Studies on the mouth parts a Comparative anatomy of the proboscis in the blood-sucking muscidae - Number 60
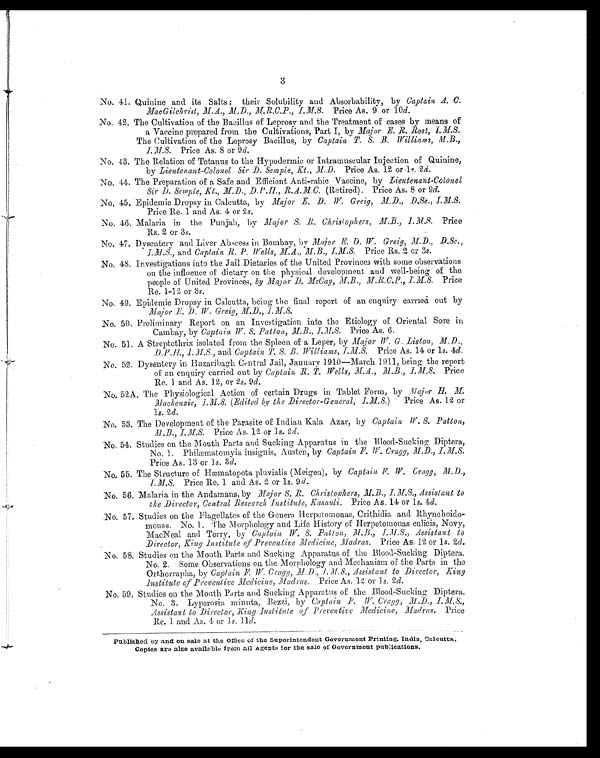
3
No. 41. Quinine and its Salts: their Solubility and Absorbability, by Captain A. C.
MacGilchrist, M.A., M.D., M.R.C.P., I.M.S. Price As. 9 or 10d.
No. 42. The Cultivation of the Bacillus of Leprosy and the Treatment of cases by means of
a Vaccine prepared from the Cultivations, Part I, by Major E. R. Rost, I.M.S.
The Cultivation of the Leprosy Bacillus, by Captain, T. S. B. Williams, M.B.,
I.M.S. Price As. 8 or 9d.
No. 43. The Relation of Tetanus to the Hypodermic or Intramuscular Injection of Quinine,
by Lieutenant-Colonel Sir D. Semple, Kt., M.D. Price As. 12 or 1s 2 d.
No. 44. The Preparation of a Safe and Efficient Anti-rabic Vaccine, by Lieutenant-Colonel
Sir D. Semple, Kt., M.D., D.P.H R.A.M.C. (Retired). Price As. 8 or 9d.
No. 45. Epidemic Dropsy in Calcutta, by Major E. D. W. Greig, M.D.,
D. Sc. , I. M. S.
Price Re. 1 and As. 4 or 2 s.
No. 46. Malaria in the Punjab, by Major S. R. Christophers, M.B., I.M.S. Price
Rs., 2 or 3s.
No. 47. Dysentery and Liver Abscess in Bombay, by Major E. D. W. Greig, M.D., D.Sc.,
I.M.S., and Captain R. P. Wells, M.A., M.B., I.M.S. Price Rs. 2 or 3s.
No. 48. Investigations into the Jail Dietaries of the United Provinces with some observations
on the influence of dietary on the physical development and. well-being of the
people of United Provinces, by Major D. McCay, M.B., M.R.C.P., I.M.S. P r i c e
Re. 1-12 or 3 s.
No. 49. Epidemic Dropsy in Calcutta, being the final report of an enquiry carried out by
Major E. D. W. Greig, M.D., I.M.S.
No. 50. Preliminary Report on an Investigation into the Etiology of Oriental Sore in
Cambay, by Captain W. S. Patton, M.B., I.M.S. Price As. 6.
No. 51. A Streptothrix isolated from the Spleen of a Leper, by Major W. G. Liston, M.D.,
D.P.H., I.M.S., and Captain T. S. B. Williams, I.M.S. Price As. 14 or 1s. 4d.
No. 52. Dysentery in Hazaribagh Central Jail, January 1910—March 1911, being the report
of an enquiry carried out by Captain R.T . Wells, M.A., M.B., I.M.S. Price
Re. 1 and As. 12, or 2s. 9d.
No. 52A. The Physiological Action of certain Drugs in Tablet Form, by M ajor H.M.
Mackenzie, I.M.S. (Edited by the Director-General, I.M.S.) Price As. 12 or
1 s. 2d.
No. 53. The Development of the Parasite of Indian Kala Azar, by Captain W. S. Patton,
M.B., I.M.S. Price As. 12 or 1s. 2 d.
No. 54. Studies on the Mouth Parts and Sucking Apparatus in the Blood-Sucking Diptera,
No. 1. Philæmatomyia insignis, Austen, by Captain F. W. Cragg, M.D., I.M.S.,
Price As. 13 or 1s. 3d.
No. 55. The Structure of Hæmatopota pluvialis (Meigen.), by Captain F. W. Cragg, M.D.,
I.M.S. Price Re. 1 and As. 2 or 1s. 9d.
No. 56. Malaria in the Andamans, by Major S. B. Christophers, M.B., I.M.S., Assistant to
the Director, Central Research institute, Kasauli. Price As, 14 or 1s. 4d.
No. 57. Studies on the Flagellates of the Genera Herpetomonas, Crithidia and Rhynchoido-
monas. No. 1. The Morphology and Life History of Herpetomonas culicis, Novy,
MacNeal and Torry, by Captain W.S. Patton, M.B., I.M.S., Assistant to
Director, King institute of Preventive Medicine, Madras. Price As. 12 or 1s. 2d.
No. 58. Studies on the Mouth Parts and Sucking Apparatus of the Blood-Sucking Diptera.
No. 2. Some Observations on the Morphology and Mechanism of the Parts in the
Orthorrapha, by Captain F W Cragg, I.M.S., Assistant to Director, King
Institute of Preventive Medicine, Madras. Price As. 12 or 1s. 2d.
No. 59. Studies on the Mouth Parts and Sucking Apparatus of the Blood-Sucking Diptera.
No. 3. Lyperosia minuta, Bezzi, by Captain F. W. Cragg, M. D. , I. M. S. ,
Assistant to Director, King Institute of Preventive Medicine, Madras. Price
Re. 1 and As. 4 or 1s. 11d.
Published by and on sale at the Office of the Superintendent Government Printing, India, Calcutta.
Copies are also available from all Agents for the sale of Government publications.